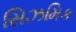
સિઝમિક